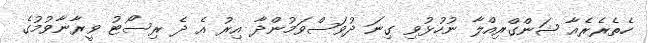
ހެތެރެރެއާ ޝަންގްރިއްލާ ނުހުޅުވި ގިނަ ދުވަސްވަމުންދާ އިރު އެ ދެ ރިސޯޓު ވީރާނާވުމުގެ